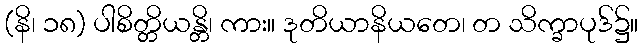
(နိ၊ ၁၈) ပါစိတ္တိယန္တိ၊ ကား။ ဒုတိယာနိယတေ၊ တ သိက္ခာပုဒ်၌။